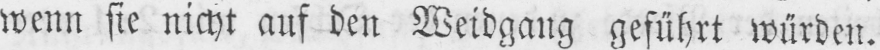
wenn sie nicht auf den Weidgang geführt würden.